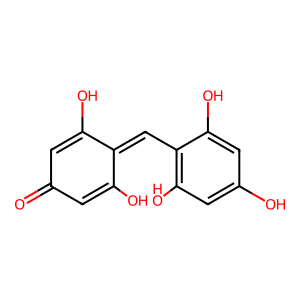
SMILES: O=C1C=C(O)C(=Cc2c(O)cc(O)cc2O)C(O)=C1
Inhibits HIV replication: No